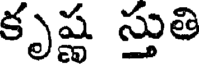
కృష్ణ స్తుతి